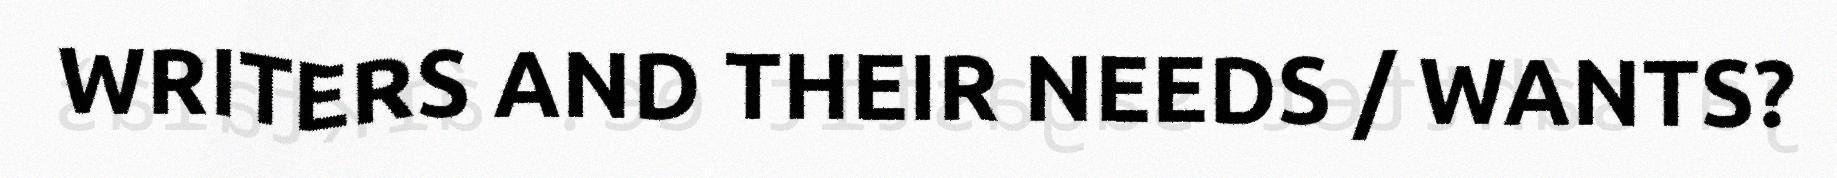
WRITERS AND THEIR NEEDS / WANTS?